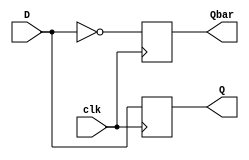
//D FF negative edge trigger - Sequential Logic Example
//----------------------------------
// Type : module
// Contact : mathewtg.mec@gmail.com
//------------------
//------------------
// Notes :- Procedural Model

module dffnegedge_proc (D,clk,Q,Qbar);
input D,clk;
output reg Q,Qbar;

always @(negedge clk)
 begin
  Q = D;
  Qbar = ~D;
 end

endmodule